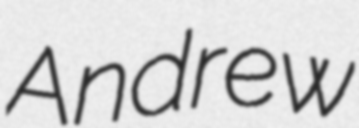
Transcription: Andrew